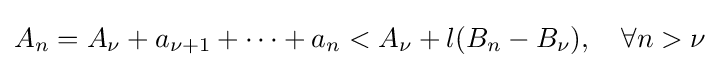
A_{n}=A_{\nu }+a_{\nu +1}+\dots +a_{n}<A_{\nu }+l(B_{n}-B_{\nu }),\quad \forall n>\nu